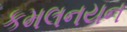
કમલનયન